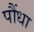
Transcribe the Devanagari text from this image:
पौंधा